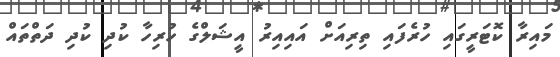
މައިރާ ކޮޓަރީގައި ހުރެފައި ތިރިއަށް އައިއިރު އީޝަލްގެ ހުރިހާ ކުދި ކުދި ދަތްތައް